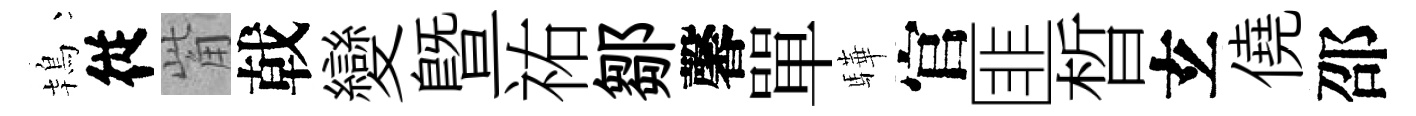
鴇従觜戟變暨祐鄒馨單驊官匪晳𤣥僥邵